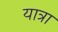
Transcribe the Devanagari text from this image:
यात्रा